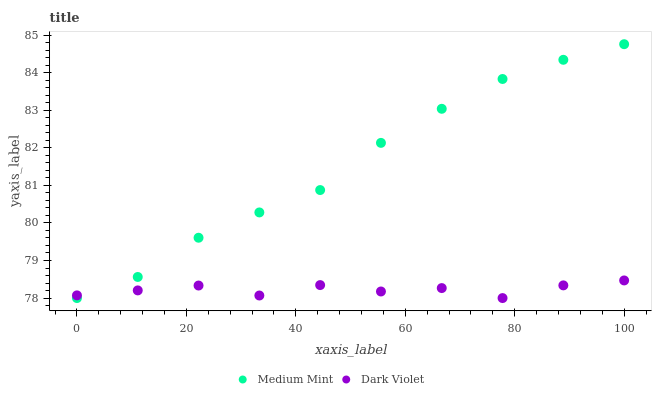
| xaxis_label | Medium Mint | Dark Violet |
 | --- | --- | --- |
 | 0 | 78 | 78.1 |
 | 11.1 | 78.6 | 78.2 |
 | 22.2 | 79.6 | 78.3 |
 | 33.3 | 80.3 | 78.1 |
 | 44.4 | 80.9 | 78.3 |
 | 55.6 | 82.1 | 78.2 |
 | 66.7 | 83 | 78.3 |
 | 77.8 | 83.8 | 78 |
 | 88.9 | 84.3 | 78.3 |
 | 100 | 84.8 | 78.5 |